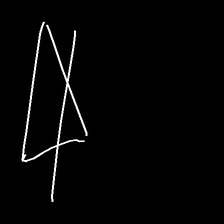
Glyph: empower